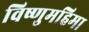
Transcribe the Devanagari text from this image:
विष्णुमहिमा